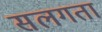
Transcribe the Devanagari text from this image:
सलगता